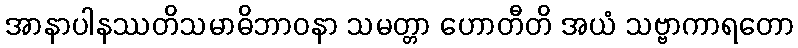
အာနာပါနဿတိသမာဓိဘာဝနာ သမတ္တာ ဟောတီတိ အယံ သဗ္ဗာကာရတော